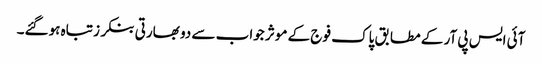
آئی ایس پی آر کے مطابق پاک فوج کے موثر جواب سے دو بھارتی بنکرز تباہ ہوگئے۔